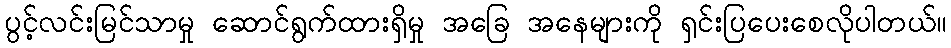
ပွင့်လင်းမြင်သာမှု ဆောင်ရွက်ထားရှိမှု အခြေ အနေများကို ရှင်းပြပေးစေလိုပါတယ်။